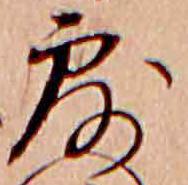
露